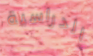
الدراسية